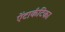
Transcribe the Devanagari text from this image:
ऐंटार्कटिका